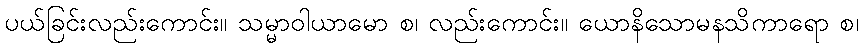
ပယ်ခြင်းလည်းကောင်း။ သမ္မာဝါယာမော စ၊ လည်းကောင်း။ ယောနိသောမနသိကာရော စ၊